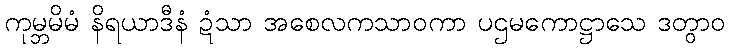
ကုမ္ဘမိမံ နိရယာဒီနံ ဍံသာ အစေလကသာဝကာ ပဌမကောဋ္ဌာသေ ဒတွာဝ